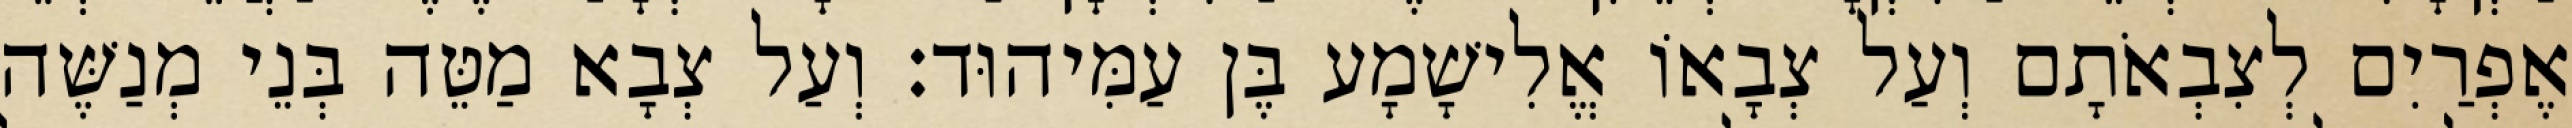
אֶפְרַיִם לְצִבְאֹתָם וְעַל צְבָאוֹ אֱלִישָׁמָע בֶּן עַמִּיהוּד׃ וְעַל צְבָא מַטֵּה בְּנֵי מְנַשֶּׁה